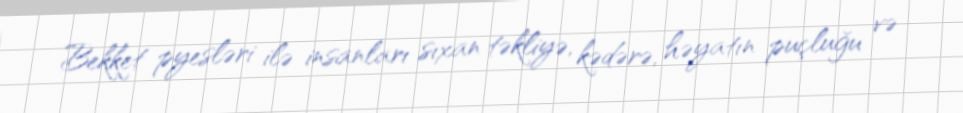
Bekket pyesləri ilə insanları sıxan təkliyə, kədərə, həyatın puçluğu və